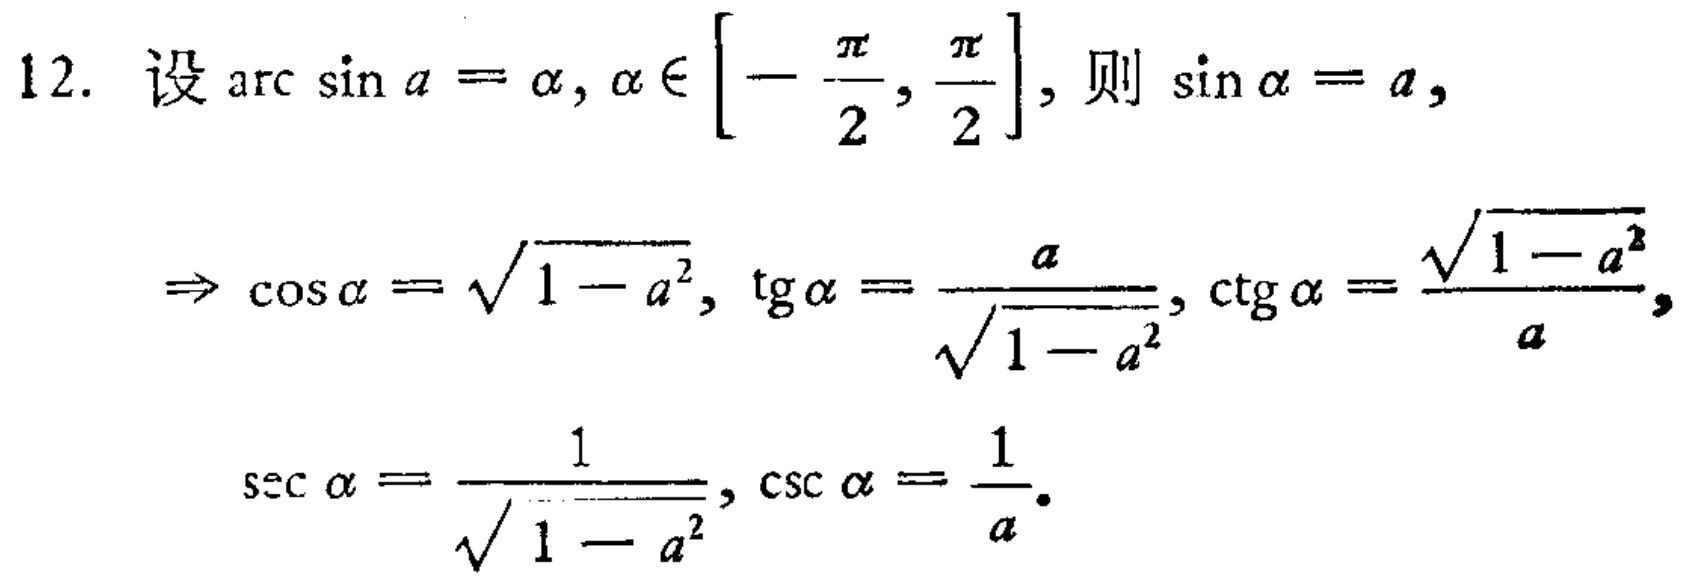
12. 设\(\arcsin a = \alpha,\alpha\in\left[-\frac{\pi}{2},\frac{\pi}{2}\right]\)，则\(\sin\alpha = a\)，
\(\Rightarrow \cos\alpha=\sqrt{1 - a^{2}},\tan\alpha=\frac{a}{\sqrt{1 - a^{2}}},\cot\alpha=\frac{\sqrt{1 - a^{2}}}{a},\)
\(\sec\alpha=\frac{1}{\sqrt{1 - a^{2}}},\csc\alpha=\frac{1}{a}.\)